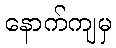
နောက်ကျမှ